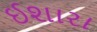
ઈશારા